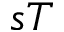
s T